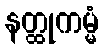
နတ္ထုကမ္မံ